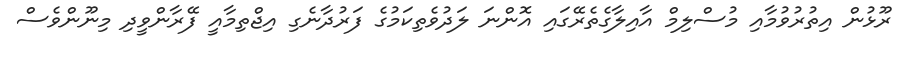
ރޫޅުން އިތުރުވުމާއި މުސްލިމް އާއިލާގެތެރޭގައި އޮންނަ ލަދުވެތިކަމުގެ ފަރުދާނެގި އިޖްތިމާއީ ފޭރާންވީދި މިނޫންވެސް